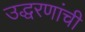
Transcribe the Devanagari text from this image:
उद्धरणांची